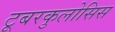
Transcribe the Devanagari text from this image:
टूबरकुलोसिस